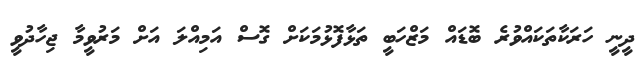
ދީނީ ހަރަކާތަކައްވުރެ ބޮޑައް މަޒްހަބީ ތަޅާފޮޅުމަކަށް ގޮސް އަމިއްލަ އަށް މަރުވީމާ ޖިހާދުވީ